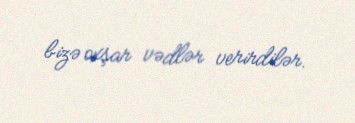
bizə oxşar vədlər verirdilər.